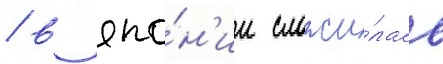
/ в япо́н'ии сложи́лась